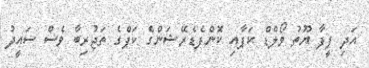
އަދި ފީފާ ޔޫތު ވޯލްޑް ކަޕާއި ކޮންފެޑެރޭޝަންގެ ކަޕްގެ ތަޖުރިބާ ވެސް ސައީދު